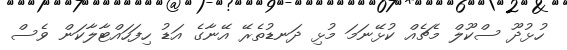
ހުޅުދޫ ސްކޫލް މެޗެއް ކުޅޭނަމަ މުޅި ދަނޑުތެރޭ އޭނާގެ އަޑު ހިފަހައްޓާލާކަން ވެސް